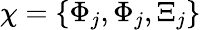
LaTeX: \chi=\left\{ \Phi_{j},\Phi_{j},\Xi_{j}\right\}